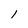
Character: 1